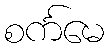
စင်္ကမေ